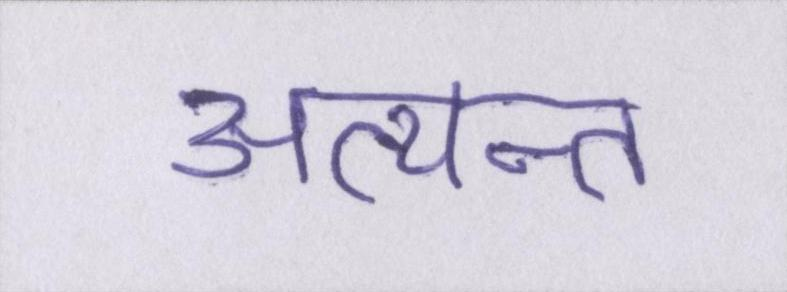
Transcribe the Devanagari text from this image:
अत्यन्त